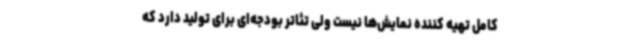
کامل تهیه کننده نمایش‌ها نیست ولی تئاتر بودجه‌ای برای تولید دارد که